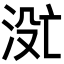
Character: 𬇮